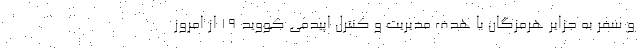
و سفر به جزایر هرمزگان با هدف مدیریت و کنترل اپیدمی کووید ۱۹ از امروز